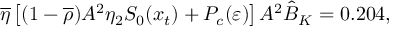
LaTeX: \overline { { { \eta } } } \left[ ( 1 - \overline { { { \rho } } } ) A ^ { 2 } \eta _ { 2 } S _ { 0 } ( x _ { t } ) + P _ { c } ( \varepsilon ) \right] A ^ { 2 } \hat { B } _ { K } = 0 . 2 0 4 ,